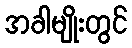
အခါမျိုးတွင်